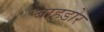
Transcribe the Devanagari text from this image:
बाहडोर